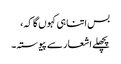
بس اتنا ہی کہوں گا کہ،
پچھلے اشعار سے پیوستہ۔